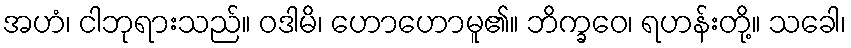
အဟံ၊ ငါဘုရားသည်။ ဝဒါမိ၊ ဟောဟောမူ၏။ ဘိက္ခဝေ၊ ရဟန်းတို့။ သခေါ၊